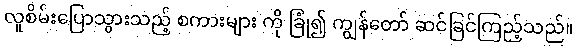
လူစိမ်းပြောသွားသည့် စကားများ ကို ခြုံ၍ ကျွန်တော် ဆင်ခြင်ကြည့်သည်။